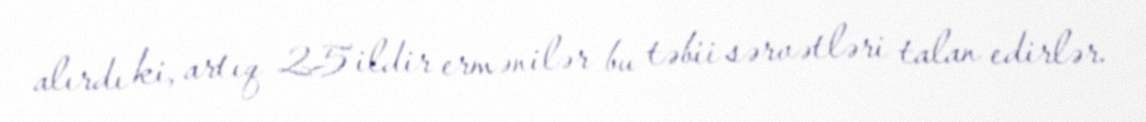
alırdı ki, artıq 25 ildir ermənilər bu təbii sərvətləri talan edirlər.